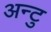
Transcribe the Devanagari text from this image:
अन्टु